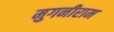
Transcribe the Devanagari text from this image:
मुगनीराम